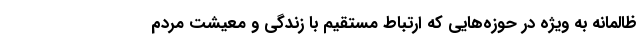
ظالمانه به ویژه در حوزه‌هایی که ارتباط مستقیم با زندگی و معیشت مردم